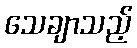
သေချာသည့်